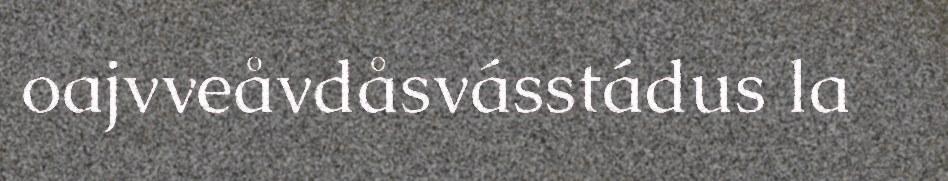
oajvveåvdåsvásstádus la